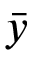
\bar { y }